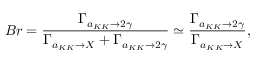
B r = \frac { \Gamma _ { a _ { K K } \rightarrow 2 \gamma } } { \Gamma _ { a _ { K K } \rightarrow X } + \Gamma _ { a _ { K K } \rightarrow 2 \gamma } } \simeq \frac { \Gamma _ { a _ { K K } \rightarrow 2 \gamma } } { \Gamma _ { a _ { K K } \rightarrow X } } ,